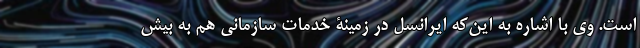
است. وی با اشاره به این‌که ایرانسل در زمینۀ خدمات سازمانی هم به بیش